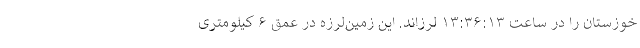
خوزستان را در ساعت ۱۳:۳۶:۱۳ لرزاند. این زمین‌لرزه در عمق ۶ کیلومتری